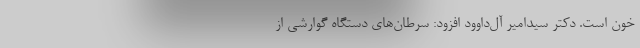
خون است. دکتر سیدامیر آل‌داوود افزود: سرطان‌های دستگاه گوارشی از